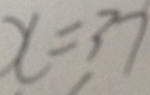
x = 3 7